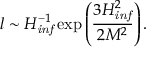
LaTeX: l \sim H _ { \it i n f } ^ { - 1 } \exp \left( \frac { 3 H _ { \it i n f } ^ { 2 } } { 2 M ^ { 2 } } \right) .